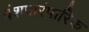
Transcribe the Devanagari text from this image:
वंशपारंपारिक